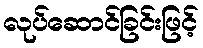
လုပ်ဆောင်ခြင်းဖြင့်